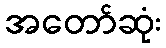
အတော်ဆုံး